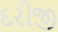
દરીજી